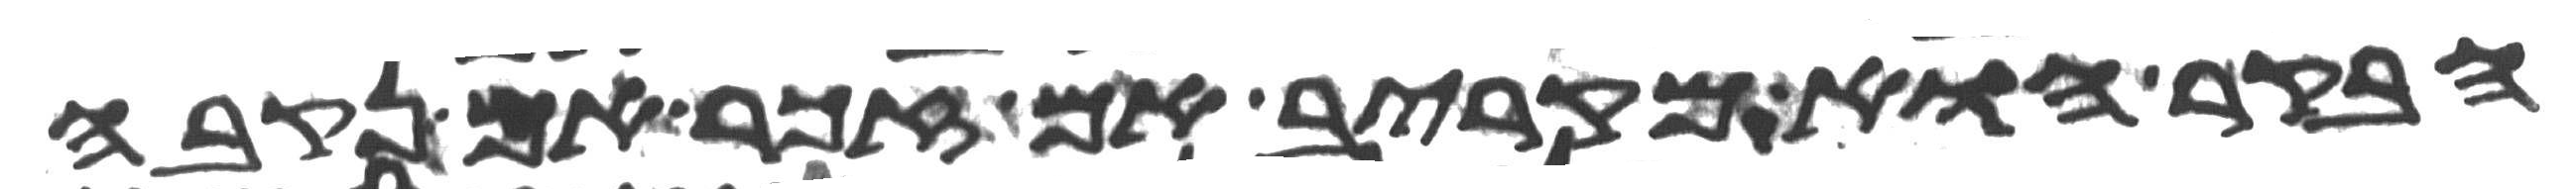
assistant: הבקר הוא מקריב אם זכר אם נקבה